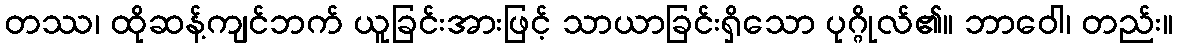
တဿ၊ ထိုဆန့်ကျင်ဘက် ယူခြင်းအားဖြင့် သာယာခြင်းရှိသော ပုဂ္ဂိုလ်၏။ ဘာဝေါ၊ တည်း။